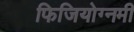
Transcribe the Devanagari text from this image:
फिजियोग्नमी